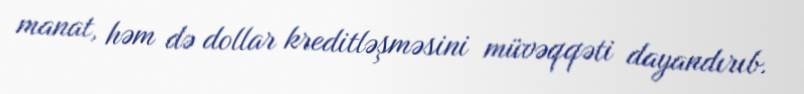
manat, həm də dollar kreditləşməsini müvəqqəti dayandırıb.